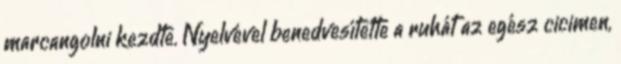
marcangolni kezdte. Nyelvével benedvesítette a ruhát az egész cicimen,